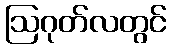
ဩဂုတ်လတွင်